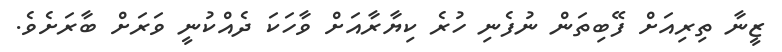
ޒީނާ ތިިރިއަށް ފޭބިތަން ނުފެނި ހުރެ ކިޔާރާއަށް ވާހަކަ ދެއްކުނީ ވަރަށް ބާރަށެވެ.